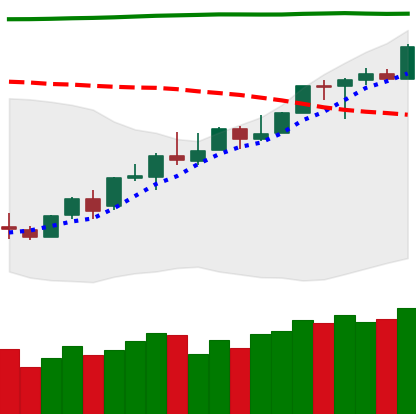
Ticker: LINK-USD
Chart end date: 2018-04-24
Forward return: -3.932%
Label: down_3_5